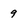
Character: 9